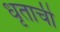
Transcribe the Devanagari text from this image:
धृताची